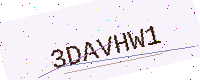
Text: 3DAVHW1